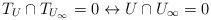
LaTeX: \begin{align*}T_U\cap T_{U_\infty}=0\leftrightarrow U\cap {U_\infty}=0 \end{align*}